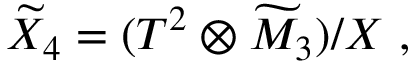
{ \widetilde { \cal X } } _ { 4 } = ( T ^ { 2 } \otimes { \widetilde { \cal M } } _ { 3 } ) / X ~ ,